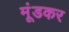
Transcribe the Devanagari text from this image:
मूंडकर